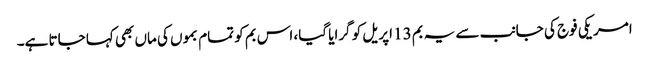
امریکی فوج کی جانب سے یہ بم 13 اپریل کو گرایا گیا، اس بم کو تمام بموں کی ماں بھی کہا جاتا ہے۔